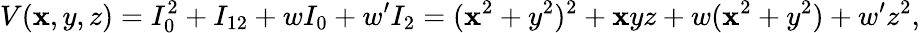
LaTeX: V(\mathbf{x},y,z)=I_{0}^{2}+I_{12}+wI_{0}+w^{\prime}I_{2}=(\mathbf{x}^{2}+y^{2})^{2}+\mathbf{x}yz+w(\mathbf{x}^{2}+y^{2})+w^{\prime}z^{2},